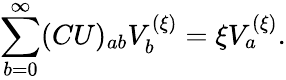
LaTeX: \sum_{b=0}^{\infty}(CU)_{ab}V_{b}^{(\xi)}=\xi V_{a}^{(\xi)}.